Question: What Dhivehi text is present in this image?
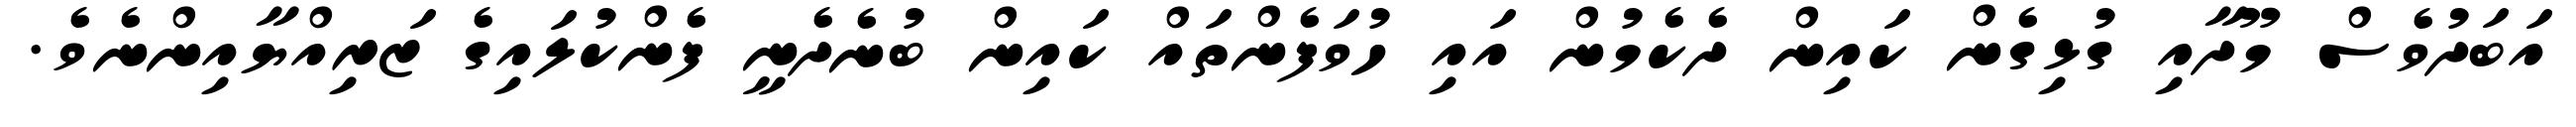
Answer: އަބަދުވެސް މޫދާއި ގުޅިގެން ކައިން ދެކެމުން އައި ހުވަފެންތައް ކައިން ބުނެދެނީ ފެންކުލައިގެ ޒަރިއްޔާއިންނެވެ.